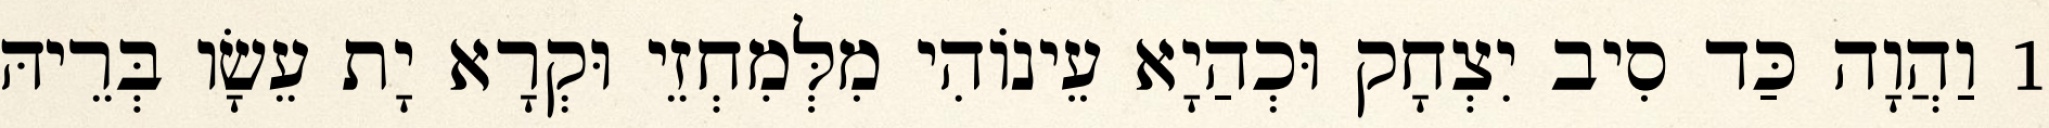
1 וַהֲוָה כַּד סִיב יִצְחָק וּכְהַיָא עֵינוֹהִי מִלְּמִחְזֵי וּקְרָא יָת עֵשָׂו בְּרֵיהּ